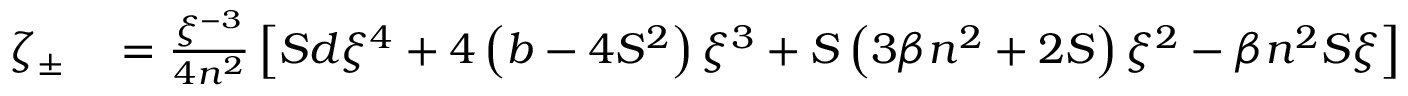
\begin{array} { r l } { \zeta _ { \pm } } & { { } = \frac { \xi ^ { - 3 } } { 4 n ^ { 2 } } \left[ S d \xi ^ { 4 } + 4 \left( b - 4 S ^ { 2 } \right) \xi ^ { 3 } + S \left( 3 \beta n ^ { 2 } + 2 S \right) \xi ^ { 2 } - \beta n ^ { 2 } S \xi \right] } \end{array}